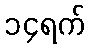
၁၄ရက်